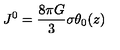
J ^ { 0 } = \frac { 8 { \pi } G } { 3 } { \sigma } { \theta } _ { 0 } ( z )